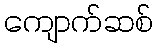
ကျောက်ဆစ်